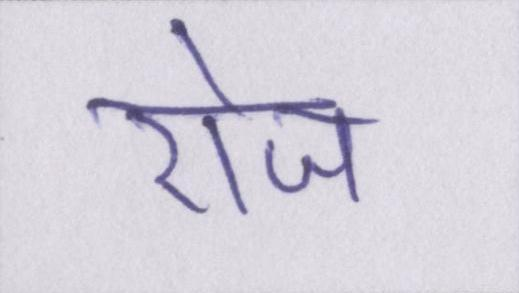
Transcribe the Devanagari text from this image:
रोज